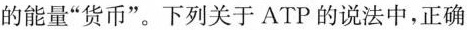
的能量”货币”。下列关于ATP的说法中，正确